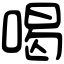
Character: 喝